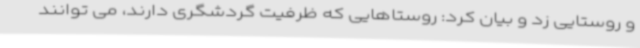
و روستایی زد و بیان کرد: روستاهایی که ظرفیت گردشگری دارند، می توانند